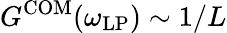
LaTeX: G^{\mathrm{COM}}(\omega_{\mathrm{LP}})\sim 1/L